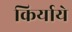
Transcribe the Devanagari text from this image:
किर्याये